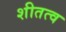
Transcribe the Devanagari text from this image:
शीतत्व